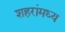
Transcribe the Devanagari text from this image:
शहरांमध्य